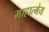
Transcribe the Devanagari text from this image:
माहात्मेय